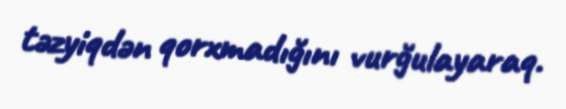
təzyiqdən qorxmadığını vurğulayaraq.